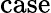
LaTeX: \mathrm{case}